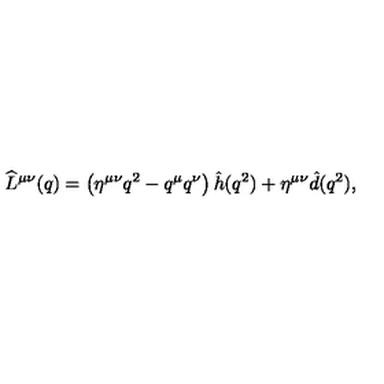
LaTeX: \widehat L ^ { \mu \nu } ( q ) = \left( \eta ^ { \mu \nu } q ^ { 2 } - q ^ { \mu } q ^ { \nu } \right) \hat { h } ( q ^ { 2 } ) + \eta ^ { \mu \nu } \hat { d } ( q ^ { 2 } ) ,